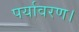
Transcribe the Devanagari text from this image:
पर्यावरण।